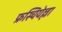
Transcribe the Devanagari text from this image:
फ्रस्चियेल्ला